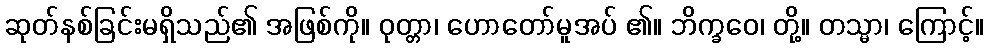
ဆုတ်နစ်ခြင်းမရှိသည်၏ အဖြစ်ကို။ ဝုတ္တာ၊ ဟောတော်မူအပ် ၏။ ဘိက္ခဝေ၊ တို့။ တသ္မာ၊ ကြောင့်။